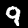
Label: 9